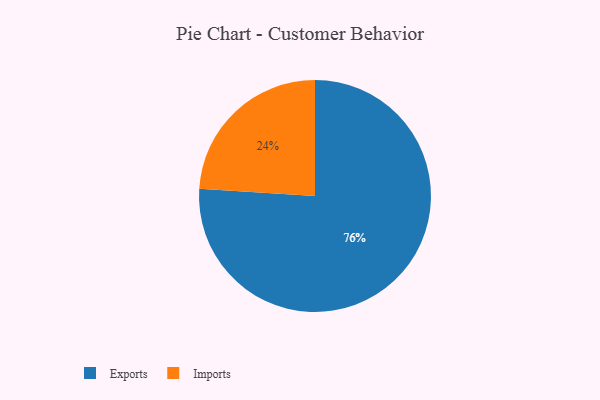
{"axis": {"x": "Category", "y": "Percentage"}, "legend": ["Exports", "Imports"], "data": [{"x": "Imports", "y": 24, "type": "Imports"}, {"x": "Exports", "y": 76, "type": "Exports"}]}